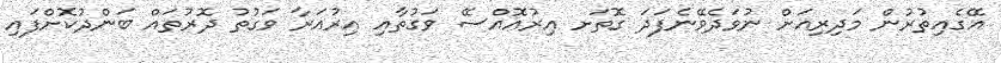
އޭގެއިތުރުން މަދިރިއަށް ނުވަދެވޭނެފަދަ ގޮތަށ އިރުއޮއްސޭ ވަގުތާއި އިރުއަރާ ވަގުތު ދޮރުތައް ބަންދުކޮށްފައި